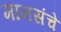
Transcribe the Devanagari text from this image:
मानसंचे